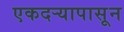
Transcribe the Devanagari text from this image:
एकदर्‍यापासून